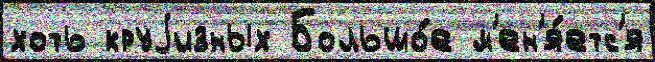
хоть круjизных Большо́е м'ен'я́етс'я